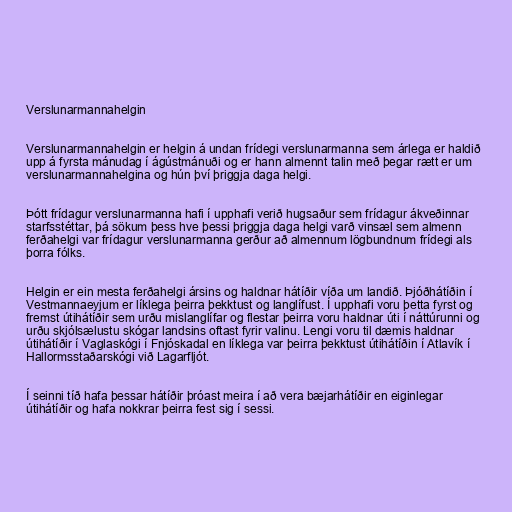
Verslunarmannahelgin

Verslunarmannahelgin er helgin á undan frídegi verslunarmanna sem árlega er haldið
upp á fyrsta mánudag í ágústmánuði og er hann almennt talin með þegar rætt er um
verslunarmannahelgina og hún því þriggja daga helgi.

Þótt frídagur verslunarmanna hafi í upphafi verið hugsaður sem frídagur ákveðinnar
starfsstéttar, þá sökum þess hve þessi þriggja daga helgi varð vinsæl sem almenn
ferðahelgi var frídagur verslunarmanna gerður að almennum lögbundnum frídegi als
þorra fólks.

Helgin er ein mesta ferðahelgi ársins og haldnar hátíðir víða um landið. Þjóðhátíðin í
Vestmannaeyjum er líklega þeirra þekktust og langlífust. Í upphafi voru þetta fyrst og
fremst útihátíðir sem urðu mislanglífar og flestar þeirra voru haldnar úti í náttúrunni og
urðu skjólsælustu skógar landsins oftast fyrir valinu. Lengi voru til dæmis haldnar
útihátíðir í Vaglaskógi í Fnjóskadal en líklega var þeirra þekktust útihátíðin í Atlavík í
Hallormsstaðarskógi við Lagarfljót.

Í seinni tíð hafa þessar hátíðir þróast meira í að vera bæjarhátíðir en eiginlegar
útihátíðir og hafa nokkrar þeirra fest sig í sessi.